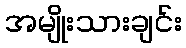
အမျိုးသားချင်း